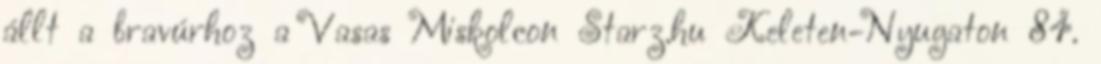
állt a bravúrhoz a Vasas Miskolcon Starz.hu Keleten-Nyugaton 84.